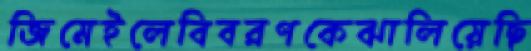
জিমেইলেবিবরণকেঝালিয়েছি